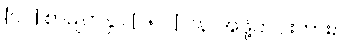
[၀၂] စာမျက်နှာ [၂၅၁] ပန၊ အဖို့တပါးကား။